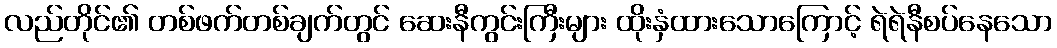
လည်တိုင်၏ တစ်ဖက်တစ်ချက်တွင် ဆေးနီကွင်းကြီးများ ထိုးနှံထားသောကြောင့် ရဲရဲနီစပ်နေသော